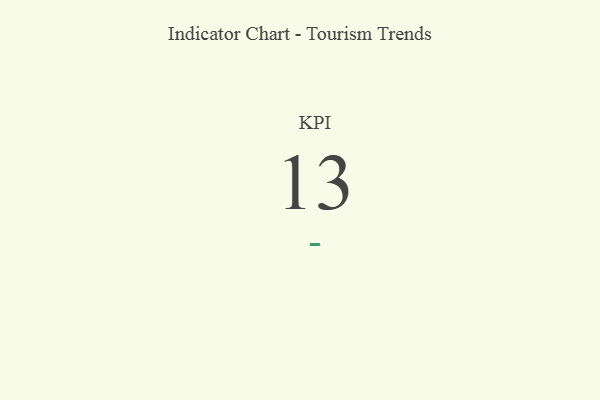
{"axis": {"x": "KPI", "y": "Value"}, "legend": [""], "data": [{"x": "KPI", "y": 13, "type": ""}]}